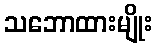
သဘောထားမျိုး